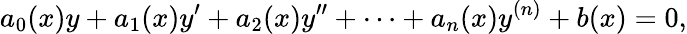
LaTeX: a_{0}(x)y+a_{1}(x)y^{\prime}+a_{2}(x)y^{\prime\prime}+\cdots+a_{n}(x)y^{(n)}+b(x)=0,